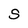
Character: S